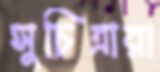
সুচিত্রারা